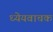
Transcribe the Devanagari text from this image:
ध्येयवाचक